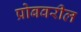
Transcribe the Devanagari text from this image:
प्रोबवरील